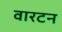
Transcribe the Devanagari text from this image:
वारटन